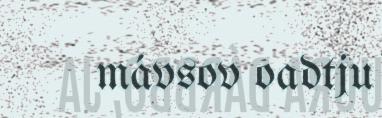
mávsov oadtju